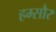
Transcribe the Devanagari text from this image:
हम्सौर